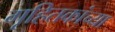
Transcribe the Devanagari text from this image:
गृहितकांच्या